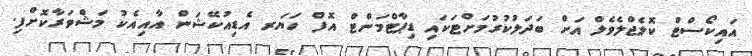
އައިކޯސްޓް ކޮލެޖްލެވެލް އަށް ބަދަލުކުރުމަށްޓަކައި ޑިޕާޓްމަންޓް އޮފް ހަޔަރ އެޑިއުކޭޝަން އާއިއެކު މަޝްވަރާކޮށްފި.